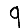
Digit: 9